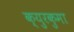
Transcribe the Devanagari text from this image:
क्युरकुमा